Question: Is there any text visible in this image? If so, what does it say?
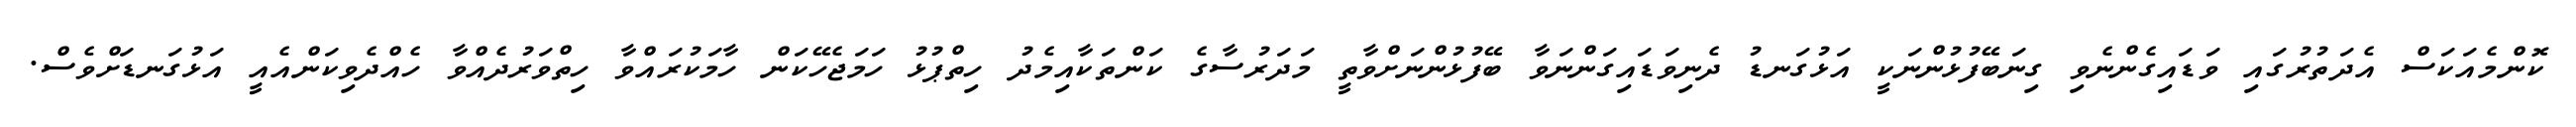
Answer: ކޮންމެއަކަސް އެދަތުރުގައި ވަޑައިގެންނެވި ގިނަބޭފުޅުންނަކީ އަޅުގަނޑު ދެނިވަޑައިގަންނަވާ ބޭފުޅުންނަށްވާތީ މަދަރުސާގެ ކަންތަކާއިމެދު ހިތްޕުޅު ހަމަޖެހޭކަން ހާމަކުރައްވާ ހިތްވަރުދެއްވާ ހެއްދެވިކަންއެއީ އަޅުގަނޑަށްވެސް.